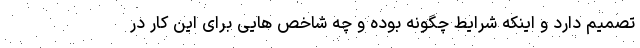
تصمیم دارد و اینکه شرایط چگونه بوده و چه شاخص هایی برای این کار در